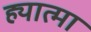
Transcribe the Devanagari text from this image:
ह्यात्मा